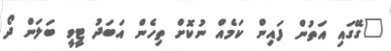
"ގޭގައި އަތުން ފައިން ކަމެއް ނުކޮށް ތިހެން އަބަދު ޓީވީ ބަލަން ދޯ